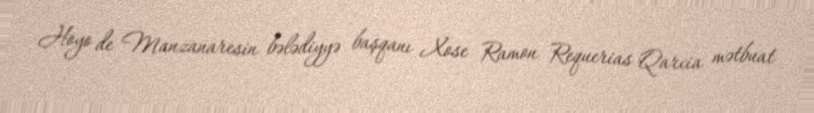
Hoyo de Manzanaresin bələdiyyə başqanı Xose Ramon Requerias Qarcia mətbuat